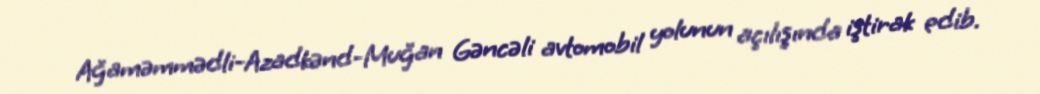
Ağaməmmədli-Azadkənd-Muğan Gəncəli avtomobil yolunun açılışında iştirak edib.